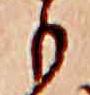
も